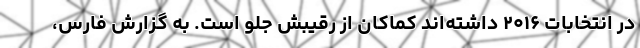
در انتخابات ۲۰۱۶ داشته‌اند کماکان از رقیبش جلو است. به گزارش فارس،